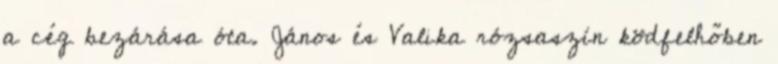
a cég bezárása óta. János és Valika rózsaszín ködfelhőben